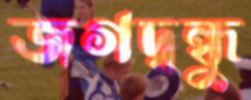
জগদ্বন্ধু